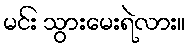
မင်း သွားမေးရဲလား။